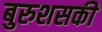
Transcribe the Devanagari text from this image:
बुरुशसकी